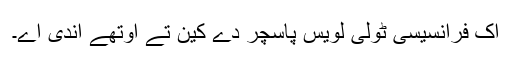
اک فرانسیسی ٹولی لویس پاسچر دے کین تے اوتھے اندی اے۔